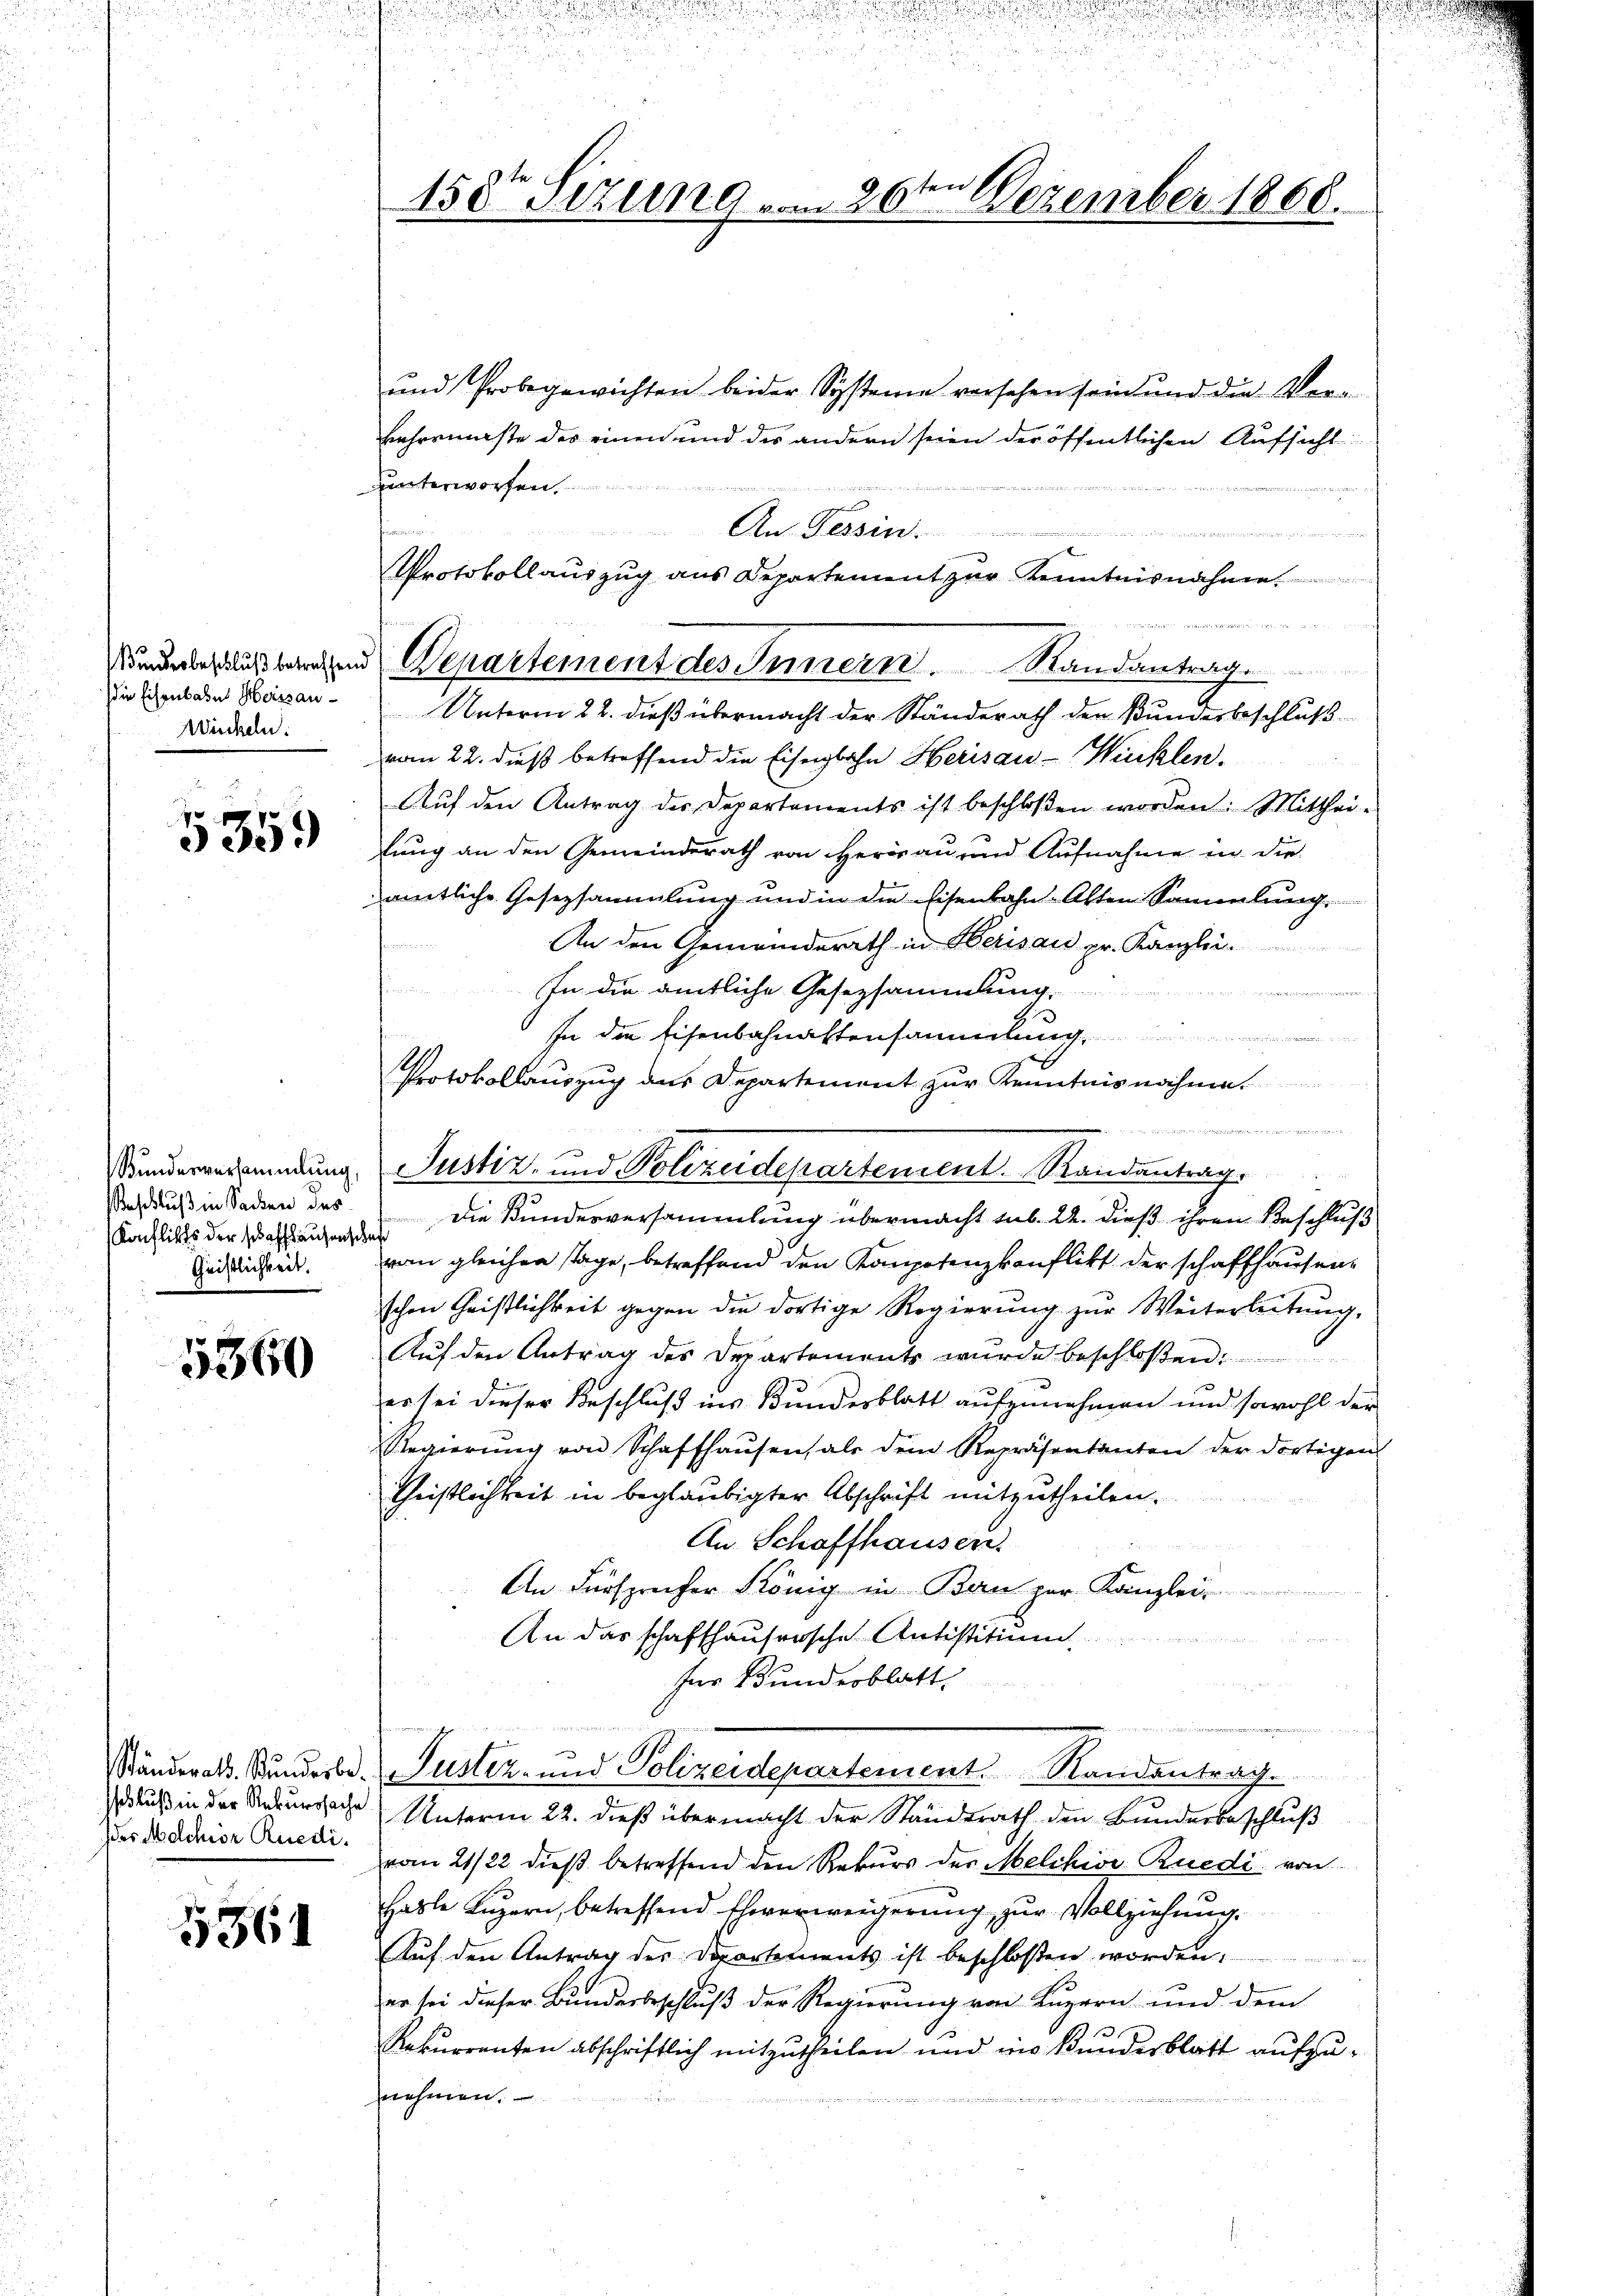
Bundesbeschluß betreffen.
Die Eisenbares Heissan¬
Winckeln:

75
935.)

Bundesversammlung,
eschluß in Sachen des
Konflikts der schaffhausen
Geistlichkeit.

5360

Ständerath. Stunderbesschluß in der Rekurssache
des Nachior Ruedi.

5361

en
158 sizung von 20 Dezember 1868.
e

An Tessin
Protokollauszug aus Departement zŭr Kenntnisnahme.
 Departement des Innern. Randantrag

und Probegewichten beider Systeme versehen sein und die Verkehrsmaße des einen und die andern seien der öffentlichen Aufsicht
unterworfen.
e
e
Unterm 22. dieß übermacht der Standerath der Bundesbeschluß
vom 22. dieß betreffend die Eisenbahn Herisau - Wicklen
.
Auf den Antrag der Departaments ist beschloßen worden. Mittheifung an den Gemeinderath von Herisau und Aufnahme in die
aemtliche Gesetzsammlung und in die Eisenbahn-Alten Sammlung,
An den Gemeinderath in Berisau pr. Kanzlei.
n
In die amtliche Gesetzsammlung.
In die Eisenbahnaktensammlung
Protokollauszug das Departement zur Kenntnisnahme.
Die Kundesversammlung übermacht sub. 22. dieß ihren Beschluß
zed
vam gleichen Tage, betreffend den Kompetenzkonflikt der schaffhausenschen Geistlichkeit gegen die dortige Regierung zur Weiterleitung
Auf den Antrag des Departements wurde beschloßen:
es sei dieser Beschluß ins Bundesblatt aufzunehmen und sowohl der
Regierung von Schaffhausen, als dem Repräsentanten der dortigen
Cheistlichkeit in beglaubigter Abschrift mitzutheilen.
An Schaffhausen.
An Fürsprecher König in Bern per Kanzlei
An das schafthausensche Antistition

für Bundesblatt

Justiz- und Polizeidepartement. Randantrag
Unterm 22. dieß übermacht der Standsrath den Bunderbeschluß
vom 21/22. dieß betreffend den Rekurs der Melchior Ruedi, von
Halle Luzern, betreffend Eheverweigerung zur Vollziehung.
Auf den Antrag der Departements ist beschlossen worden,
er sei dieser Bunderbeschluß der Regierung von Luzern und dem
1
Rekurrenten abschriftlich mitzutheilen und ins kundesblatt aufzunehmen.

Justiz- und Polizeidepartement. Randantrag

d